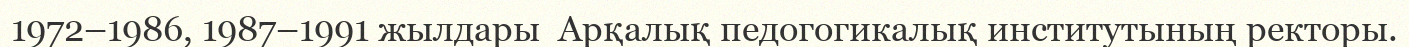
1972–1986, 1987–1991 жылдары  Арқалық педогогикалық институтының ректоры.